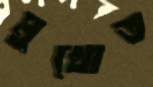
মুখোত